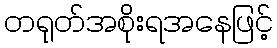
တရုတ်အစိုးရအနေဖြင့်